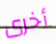
أخرى